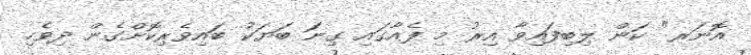
އޮނަރ" ކަން ލިބިފައިވާ އިރު މި ފެއާގައި ގިނަ ބަޔަކު ބައިވެރިކޮށްގެން ދިވެހި